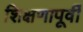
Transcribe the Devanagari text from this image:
शिक्षणापूर्वी